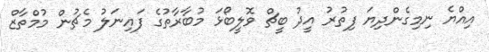
އިއްޔެ ނިމިގެންދިޔަ ފިތުރު އީދު ބީޗް ވޮލީބޯޅަ މުބާރާތުގެ ފައިނަލު މެޗުން މުމްތާޒް